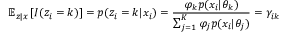
\mathbb { E } _ { z | x } \left[ I ( z _ { i } = k ) \right] = p ( z _ { i } = k | x _ { i } ) = \frac { \varphi _ { k } p ( x _ { i } | \theta _ { k } ) } { \sum _ { j = 1 } ^ { K } \varphi _ { j } p ( x _ { i } | \theta _ { j } ) } = \gamma _ { i k }